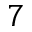
^ { 7 }